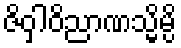
ဇိဝှါဝိညာဏသ္မိမ္ပိ